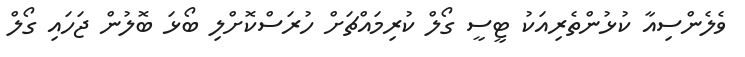
ވެލެންސިއާ ކުޅުންތެރިއަކު ޓީސީ ގޯލް ކުރިމައްޗަށް ހުރަސްކޮށްލި ބޯޅަ ބޮލުން ޖަހައި ގޯލް